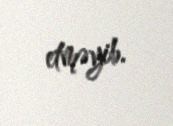
etməyib.